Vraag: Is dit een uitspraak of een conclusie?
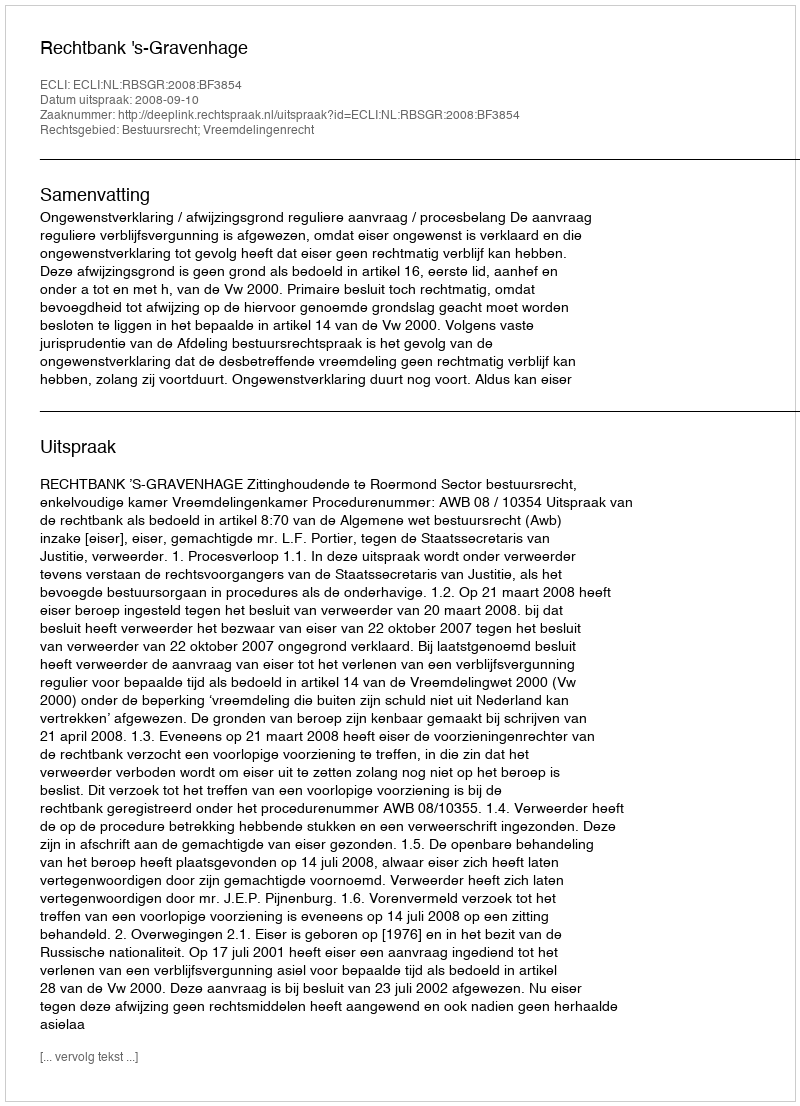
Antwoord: Uitspraak